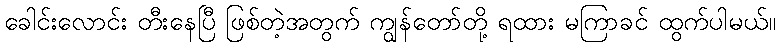
ခေါင်းလောင်း တီးနေပြီ ဖြစ်တဲ့အတွက် ကျွန်တော်တို့ ရထား မကြာခင် ထွက်ပါမယ်။